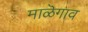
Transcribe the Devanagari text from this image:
माळॆगाव